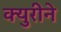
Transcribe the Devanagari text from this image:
क्युरीने